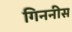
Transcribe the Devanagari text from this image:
गिननीस